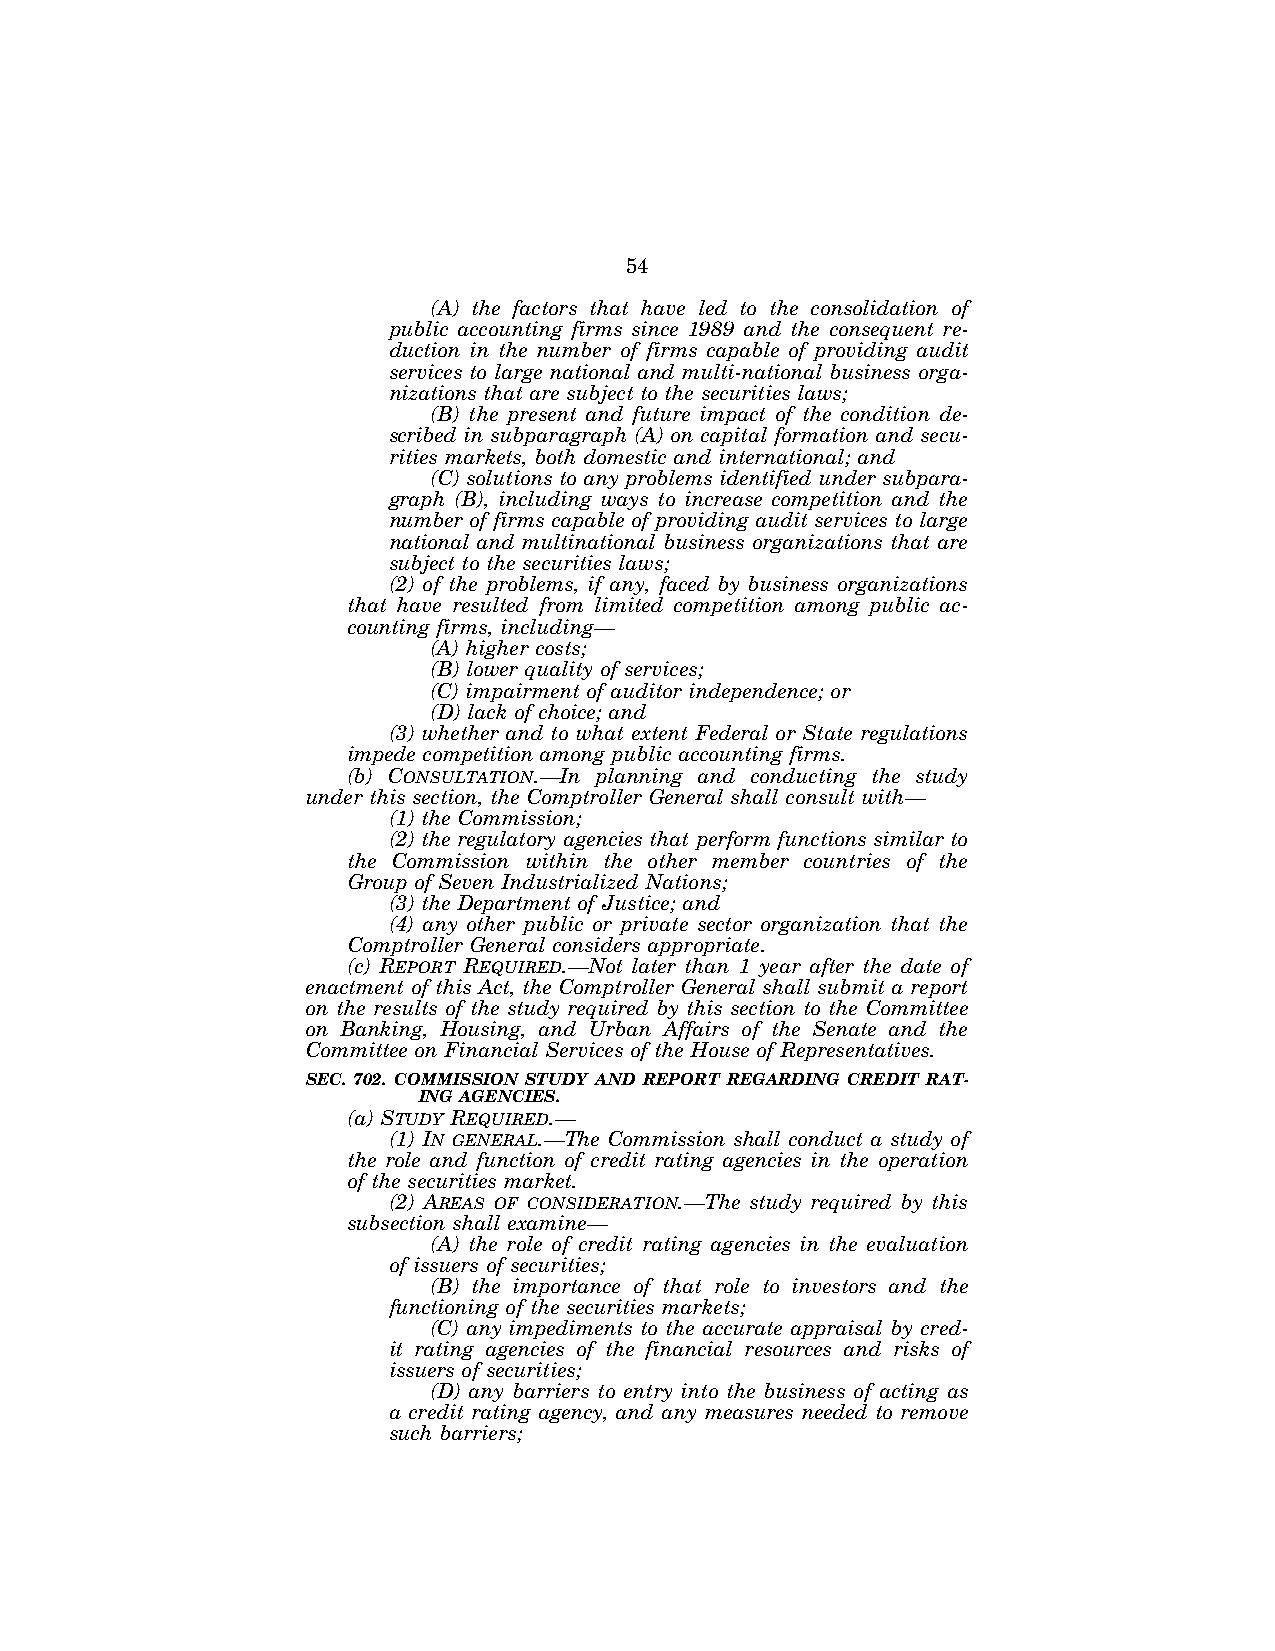
54
 (A) the factors that have led to the consolidation of
 public accounting firms since 1989 and the consequent re-
 duction in the number of firms capable of providing audit
 services to large national and multi-national business orga-
 nizations that are subject to the securities laws;
 (B) the present and future impact of the condition de-
 scribed in subparagraph (A) on capital formation and secu-
 rities markets, both domestic and international; and
 (C) solutions to any problems identified under subpara-
 graph (B), including ways to increase competition and the
 number of firms capable of providing audit services to large
 national and multinational business organizations that are
 subject to the securities laws;
 (2) of the problems, if any, faced by business organizations
 that have resulted from limited competition among public ac-
 counting firms, including—
 (A) higher costs;
 (B) lower quality of services;
 (C) impairment of auditor independence; or
 (D) lack of choice; and
 (3) whether and to what extent Federal or State regulations
 impede competition among public accounting firms.
 (b) CONSULTATION.—In planning and conducting the study
 under this section, the Comptroller General shall consult with—
 (1) the Commission;
 (2) the regulatory agencies that perform functions similar to
 the Commission within the other member countries of the
 Group of Seven Industrialized Nations;
 (3) the Department of Justice; and
 (4) any other public or private sector organization that the
 Comptroller General considers appropriate.
 (c) REPORT REQUIRED.—Not later than 1 year after the date of
 enactment of this Act, the Comptroller General shall submit a report
 on the results of the study required by this section to the Committee
 on Banking, Housing, and Urban Affairs of the Senate and the
 Committee on Financial Services of the House of Representatives.
 SEC. 702. COMMISSION STUDY AND REPORT REGARDING CREDIT RAT-
 ING AGENCIES.
 (a) STUDY REQUIRED.—
 (1) IN GENERAL.—The Commission shall conduct a study of
 the role and function of credit rating agencies in the operation
 of the securities market.
 (2) AREAS OF CONSIDERATION.—The study required by this
 subsection shall examine—
 (A) the role of credit rating agencies in the evaluation
 of issuers of securities;
 (B) the importance of that role to investors and the
 functioning of the securities markets;
 (C) any impediments to the accurate appraisal by cred-
 it rating agencies of the financial resources and risks of
 issuers of securities;
 (D) any barriers to entry into the business of acting as
 a credit rating agency, and any measures needed to remove
 such barriers;
 VerDate Jul 19 2002 16:35 Jul 25, 2002 Jkt 080361 PO 00000 Frm 00054 Fmt 6659 Sfmt 6603 E:\HR\OC\HR610.XXX pfrm15 PsN: HR610